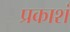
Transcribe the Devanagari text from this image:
प्रकाशं